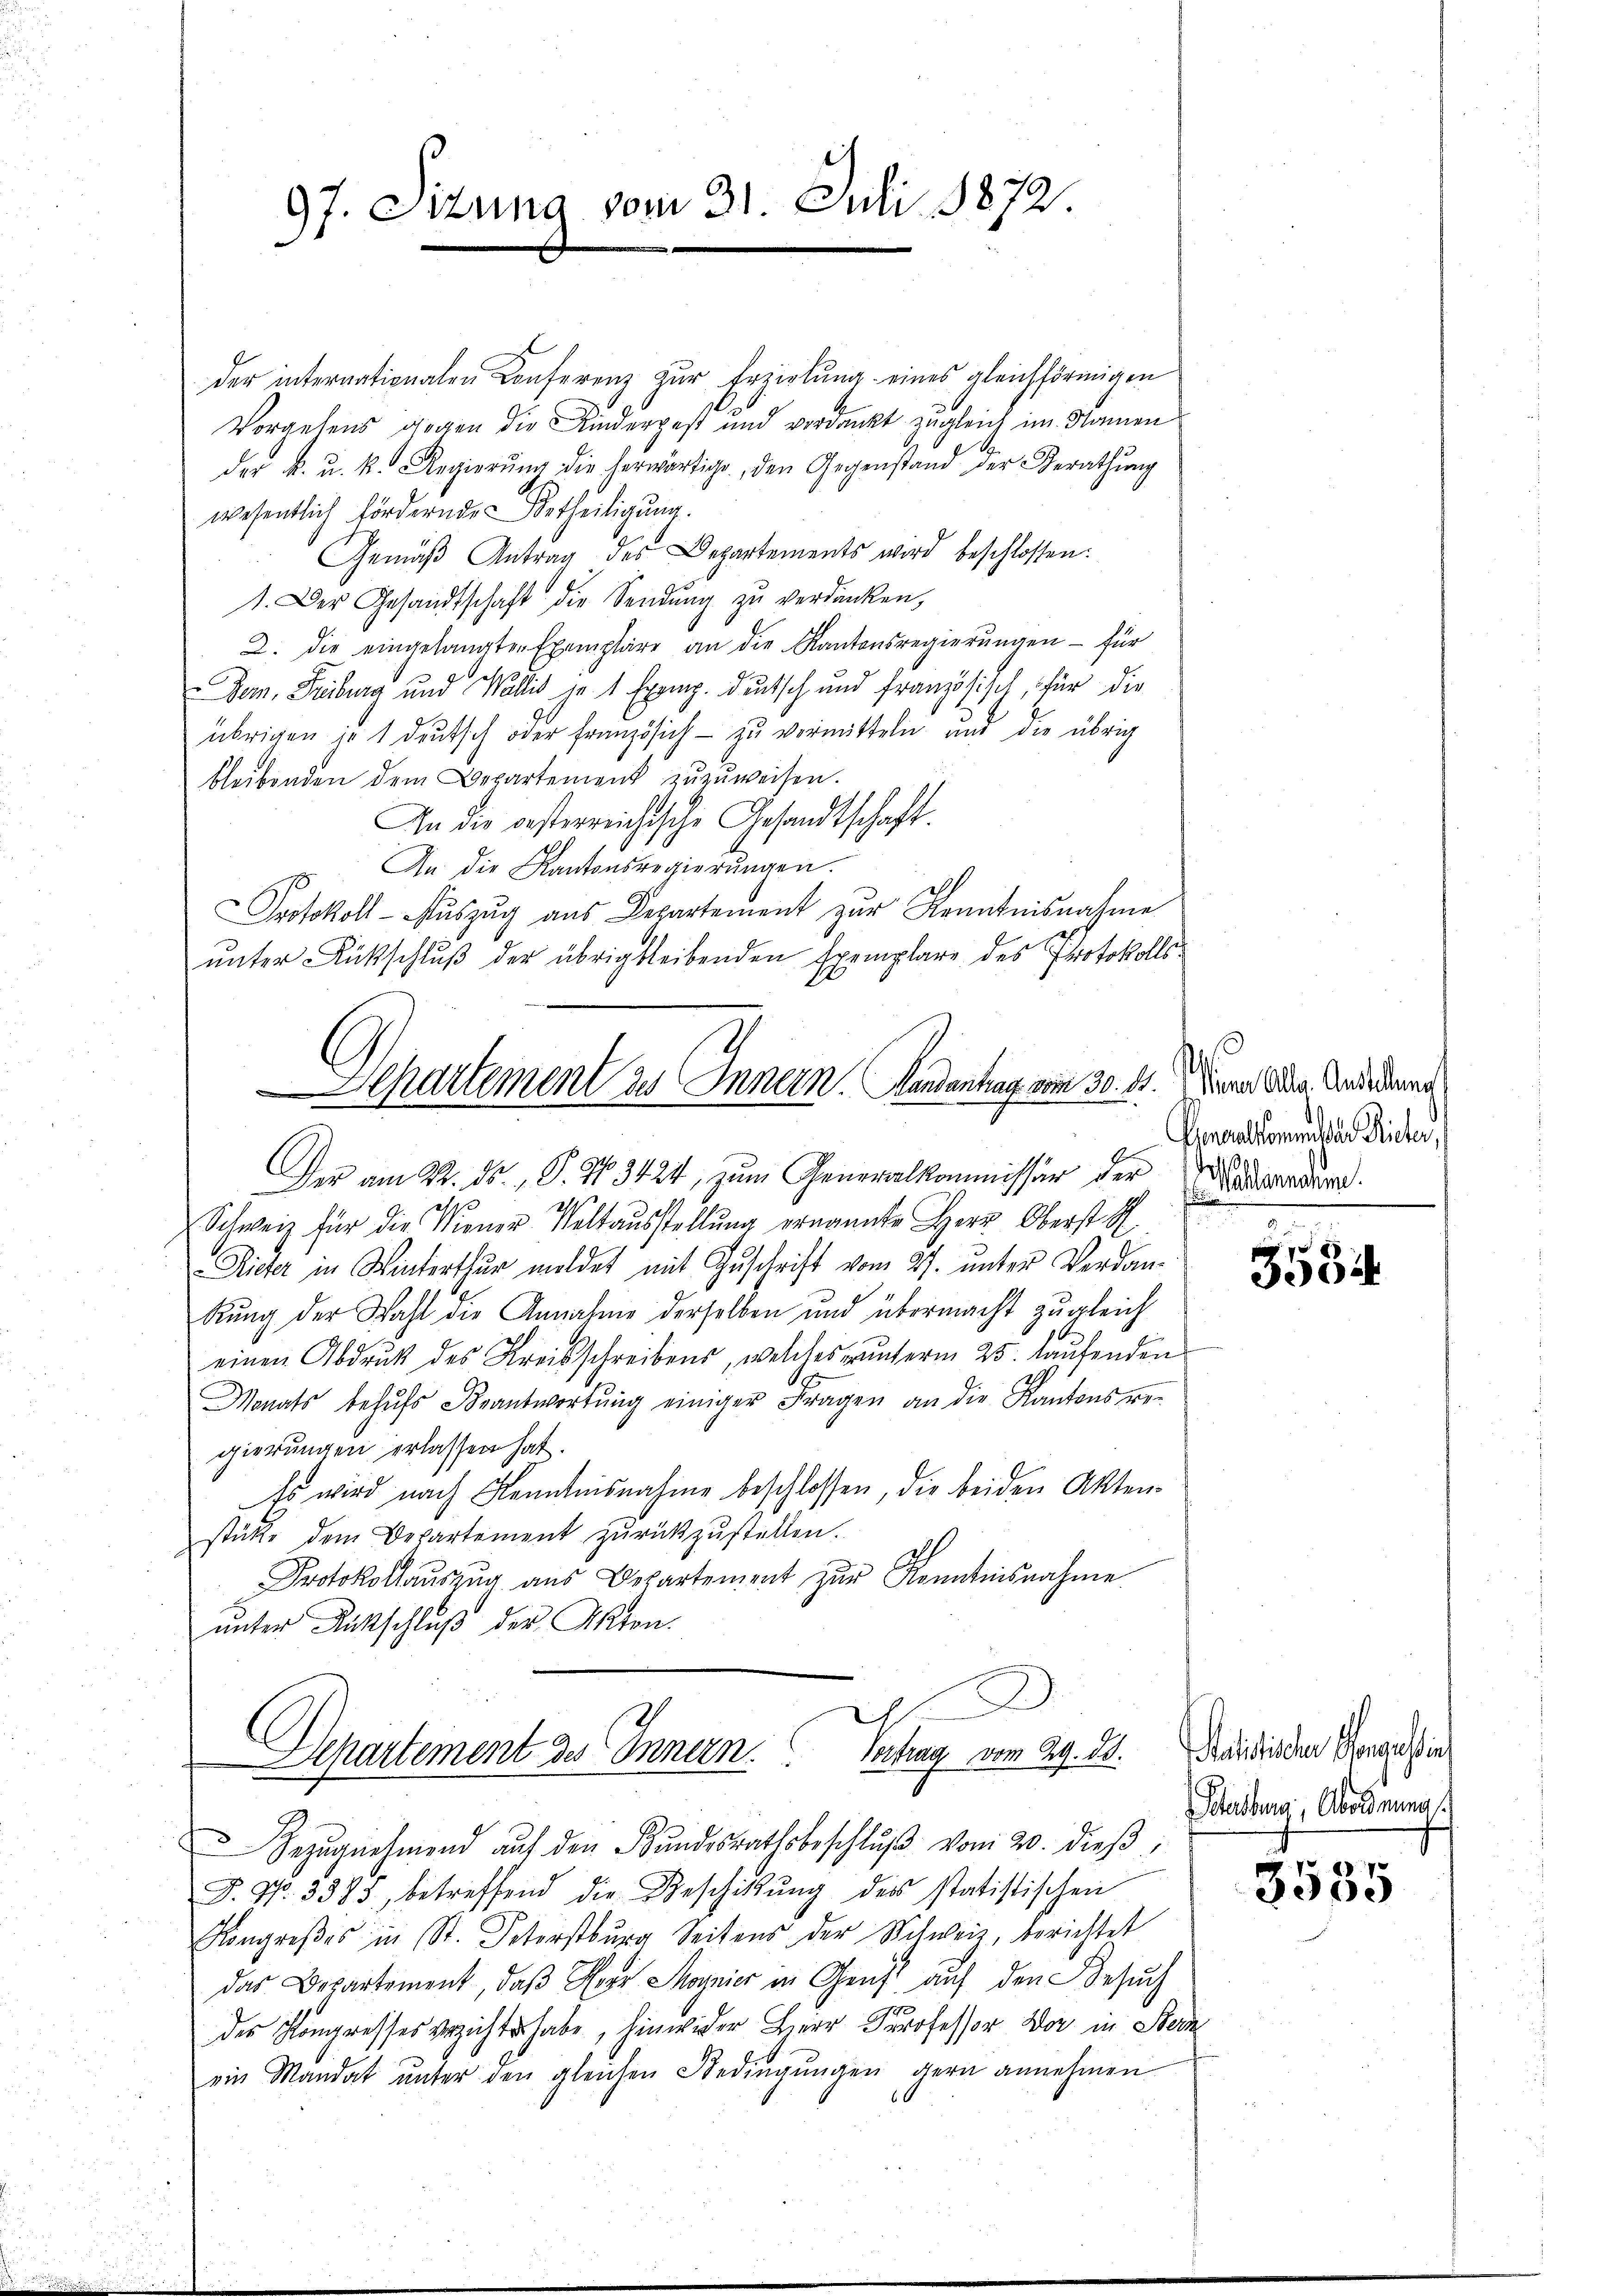
97. Ottung vom 31. Juli 1872.

der internationalen Conferenz zŭr Erziehŭng eines gleichförmigen
Vorgehens gegen die Kinderpest und verdankt zugleich im Namen
der k. u. k. Regierŭng die herwärtige, den Gegenstand der Berathŭng
wesentlich fördernde Urtheiligung.
Gemäβ Antrag des Departements wird beschlossen:
1. Der Gesandtschaft die Sendung zŭ verdanken,
2. die eingelangten Exemplare an die Kantonsregierŭngen - für
Dem. Freiburg und Wallis je 1 Exemp. deutsch und französisch, für die
übrigen je 1 deutsch oder französich - zu vermitteln und die übrig
bleibenden dem Departement zuzuweisen.
An die besterreichische Gesandtschaft.
An die Kantonsregierŭngen.
ah
Protokoll- Auszug aus Departement zur Kenntnisnahme
unter Rückschluß der übrig bleibenden Exemplare des Protokolls.

Departement des Innern. Handentrag vom 30. 21.

Der am 22. ds., S. Nr. 3424, zum Generalkommissär der Kadardur
2t.
Schweiz für die Miener Voltausstellung ernannte Herr Oberst S.
Rieter in Winterthur meldet mit Zuschrift vom 27. unter Verdankung der Wahl die Annahme derselben und übermacht zugleich
einen Abdruk des Kreisschreibens, welches unterm 25. laufenden
Monats behŭfs Beantwortŭng einiger Fragen an die Kantons re-
gierungen erlassen hat.
Es wird nach Kenntnisnahme beschlossen, die beiden Akten-
stütze dem Departement zŭrückzŭstellen.
Protokolaŭszŭg aŭs Departement zŭr Kenntnisnahme
unter Ritschluß der Akten.

D
Aepartement des Innern. Vertrag vom 29. ds.
Bezŭgnehmend aŭf den Bŭndesrathsbeschlŭβ vom 20. dieβ

P. Nr. 5385, betreffend die Beschickŭng der statistischen
Kongreβes in St. Petersburg Seitens der Schweiz, berichtet
das Departement, daß Sr Magnier in Geist auf den Besuch
der Kongresses verzichts habe, hinwider Herr Professor Dor in Stern
ein Mandat ŭnter den gleichen Bedingŭngen gern annehmen

Miner Alle Anstellung
Generalkommt der Rieter,

3504

Salistischer Sorgehen
Scheidung, Abordnung

3535